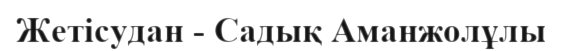
Жетісудан - Садық Аманжолұлы